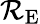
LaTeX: \mathcal{R}_{\mathrm{{E}}}